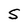
Character: S